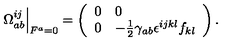
\left. \Omega _ { a b } ^ { i j } \right| _ { F ^ { a } = 0 } = \left( \begin{array} { l l } { 0 } & { 0 } \\ { 0 } & { - \frac { 1 } { 2 } \gamma _ { a b } \epsilon ^ { i j k l } f _ { k l } } \\ \end{array} \right) .